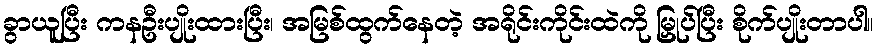
ခွာယူပြီး ကနဦးပျိုးထားပြီး၊ အမြစ်ထွက်နေတဲ့ အရိုင်းကိုင်းထဲကို မြှုပ်ပြီး စိုက်ပျိုးတာပါ။